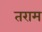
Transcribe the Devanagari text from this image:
तराम